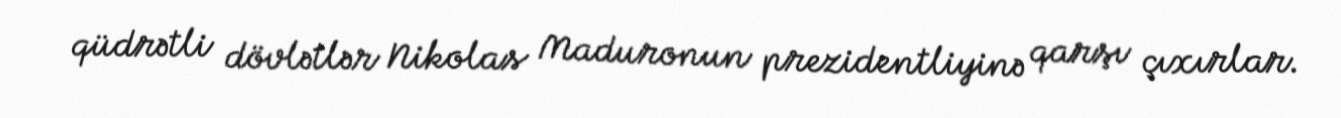
qüdrətli dövlətlər Nikolas Maduronun prezidentliyinə qarşı çıxırlar.